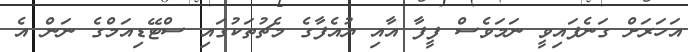
އަހަރަށް ގަނެފައިވީ ނަމަވެސް ފީފާ އާއި ޔުއެފާގެ މެޗުތަކުގައި ސްޓޭޑިއަމްގެ ނަން އެ